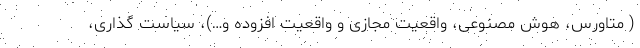
( متاورس، هوش مصنوعی، واقعیت مجازی و واقعیت افزوده و…)، سیاست گذاری،